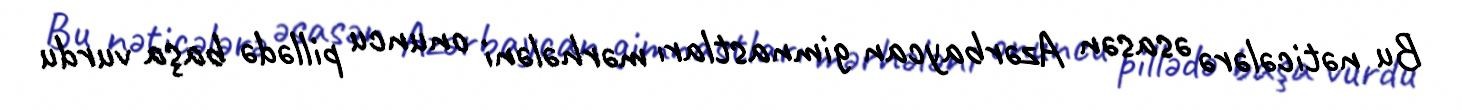
Bu nəticələrə əsasən Azərbaycan gimnastları mərhələni onuncu pillədə başa vurdu